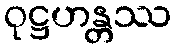
ဝုဋ္ဌဟန္တဿ